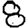
Digit: 8